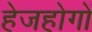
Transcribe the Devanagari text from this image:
हेजहोगों